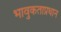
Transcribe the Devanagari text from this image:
भावुकताप्रधान